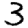
Digit: 3